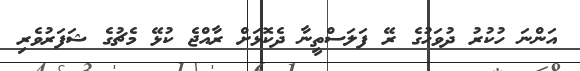
އަންނަ ހުކުރު ދުވަހުގެ ރޭ ފަލަސްތީނާ ދެކޮޅަށް ރާއްޖެ ކުޅޭ މެޗުގެ ޝަފަރުވެރި